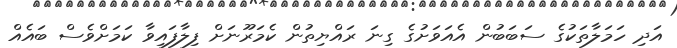
އަދި ހަމަލާތަކުގެ ސަބަބުން އެއަވަށުގެ ގިނަ ރައްޔިތުން ކެމަރޫނަށް ފިލާފައިވާ ކަމަށްވެސް ބައެއް